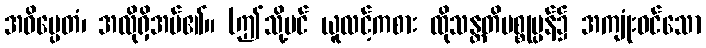
အဓိပ္ပေတံ၊ အလိုရှိအပ်၏။ (ဤသို့ပင် ယူလင့်ကစား ထိုသန္တတိပစ္စုပ္ပန်၌ အကျုံးဝင်သော